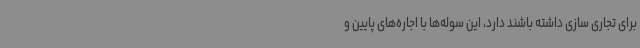
برای تجاری سازی داشته باشند دارد، این سوله‌ها با اجاره‌های پایین و